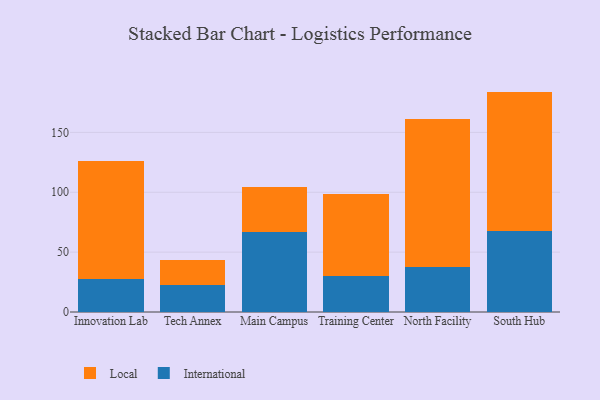
{"axis": {"x": "Campus", "y": "Budget (USD K)"}, "legend": ["International", "Local"], "data": [{"x": "Innovation Lab", "y": 27.7, "type": "International"}, {"x": "Innovation Lab", "y": 98.5, "type": "Local"}, {"x": "Tech Annex", "y": 22.3, "type": "International"}, {"x": "Tech Annex", "y": 21.1, "type": "Local"}, {"x": "Main Campus", "y": 66.8, "type": "International"}, {"x": "Main Campus", "y": 37.5, "type": "Local"}, {"x": "Training Center", "y": 29.7, "type": "International"}, {"x": "Training Center", "y": 69.2, "type": "Local"}, {"x": "North Facility", "y": 38.0, "type": "International"}, {"x": "North Facility", "y": 123.0, "type": "Local"}, {"x": "South Hub", "y": 68.0, "type": "International"}, {"x": "South Hub", "y": 116.1, "type": "Local"}]}